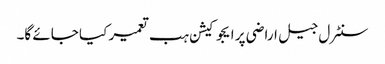
سنٹرل جیل اراضی پر ایجوکیشن ہب تعمیر کیا جائے گا۔